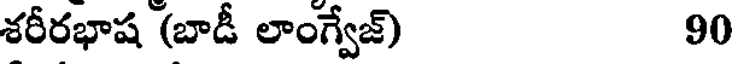
శరీరభాష (బాడీ లాంగ్వేజ్) 90